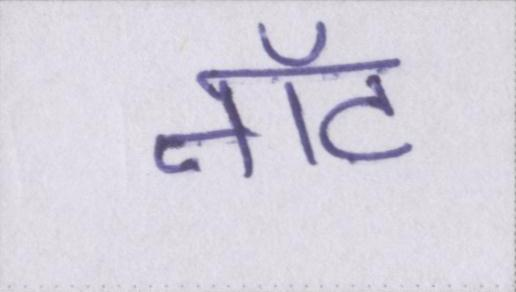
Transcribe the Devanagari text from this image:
नॉट